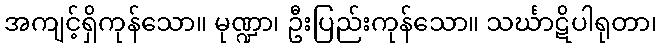
အကျင့်ရှိကုန်သော။ မုဏ္ဍာ၊ ဦးပြည်းကုန်သော။ သင်္ဃာဋိပါရုတာ၊